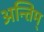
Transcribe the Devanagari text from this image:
अन्तिम्